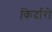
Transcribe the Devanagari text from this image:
किर्दारो